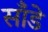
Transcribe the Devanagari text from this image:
साँडे